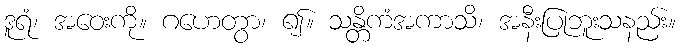
ဒူရံ၊ အဝေးကို။ ဂဟေတွာ၊ ၍။ သန္တိကံအကာသိ၊ အနီးပြုဘူးသနည်း။